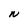
Character: N